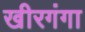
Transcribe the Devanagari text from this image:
खीरगंगा